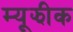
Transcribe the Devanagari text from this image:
म्यूझीक